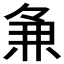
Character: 𬻵